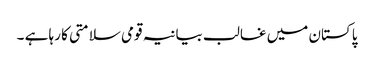
پاکستان میں غالب بیانیہ قومی سلامتی کا رہا ہے ۔